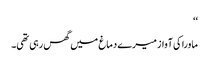
‘‘
ماورا کی آواز میرے دماغ میں گھس رہی تھی۔